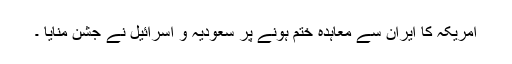
امریکہ کا ایران سے معاہدہ ختم ہونے پر سعودیہ و اسرائیل نے جشن منایا ۔